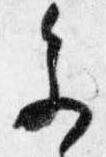
参